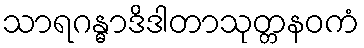
သာရဂန္ဓာဒိဒါတာသုတ္တနဝကံ